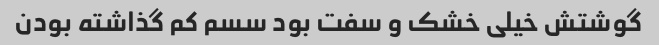
گوشتش خیلی خشک و سفت بود سسم کم گذاشته بودن